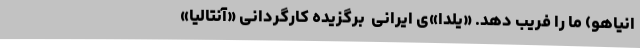
انیاهو) ما را فریب دهد. «یلدا»ی ایرانی  برگزیده کارگردانی «آنتالیا»